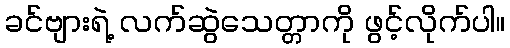
ခင်ဗျားရဲ့ လက်ဆွဲသေတ္တာကို ဖွင့်လိုက်ပါ။